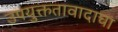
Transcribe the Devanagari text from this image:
उपयुक्ततावादाचा